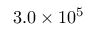
3 . 0 \times 1 0 ^ { 5 }